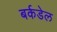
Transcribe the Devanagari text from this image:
बर्कडेल